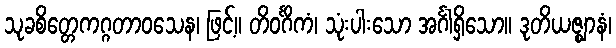
သုခစိတ္တေကဂ္ဂတာဝသေန၊ ဖြင့်။ တိဝင်္ဂိကံ၊ သုံးပါးသော အင်္ဂါရှိသော။ ဒုတိယဇ္ဈာနံ၊